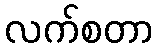
လက်စတာ